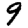
Digit: 9